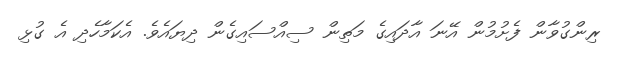
ރިންގުވާން ފެށުމުން އޭނަ އާދައިގެ މަތިން ސިއްސައިގެން ދިޔައެވެ. އެކަމާހެދި އެ ގުޅި